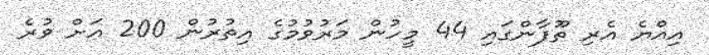
އިއްޔެ އެރި ތޫފާންގައި 44 މީހުން މަރުވުމުގެ އިތުރުން 200 އަށް ވުރެ